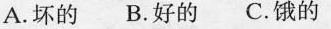
A.坏的B.好的C.饿的